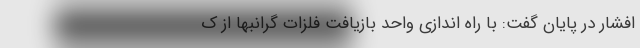
افشار در پایان گفت: با راه اندازی واحد بازیافت فلزات گرانبها از ک